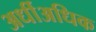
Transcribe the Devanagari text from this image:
अर्धीअधिक